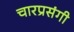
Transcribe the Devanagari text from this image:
चारप्रसंगी